King Institute of Preventive Medicine Micro-Biological Section reports 1909-11
Year: 1909
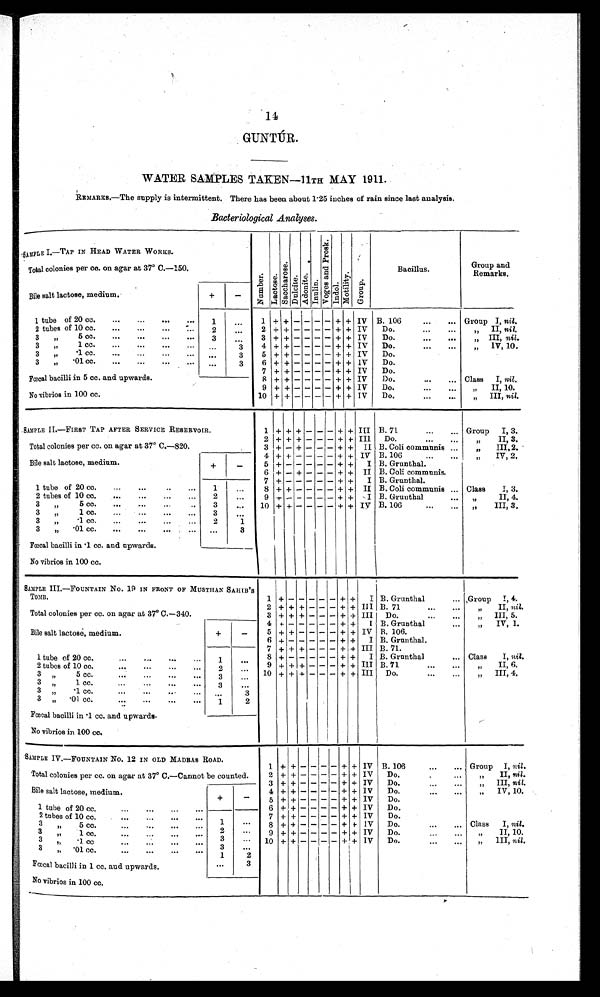
14
GUNTÚR.
WATER SAMPLES TAKEN-11TH MAY 1911.
REMARKS.—The supply is intermittent. There has been about 1.25 inches of rain since last analysis.
Bacteriological Analyses.
SAMPLE I.—TAP IN HEAD WATER WORKS.
Numbe r . L a c t o s e .
s a c c ha r os e .
Dul ci t e.
Ad o n i t e .
I nul i n.
Vo g e s a n d P r o s k .
I ndol .
Mot i l i t y.
Gr oup.
Bacillus.
Group and
Remarks.
Total colonies per cc. on agar at 37º C.—150.
Bile salt lactose, medium.
+
-
1 tube of 20 cc.
...
...
...
...
1
...
1 + + - - - - + + IV B. 106
...
... Group I, nil.
2 tubes of 10 cc.
...
... ... ...
2
...
2 + + - - - - + + IV Do....
...
„ II, nil,
3 „ 5 cc.
...
..
...
3
...
3 + + - - - - + + IV
Do.
...
...
„ III, nil.
3 „ 1 cc. ...
... ... ...
. . .
3
4 + + - - - - + + IV Do....
...
„ IV, 10.
3 „
.1 cc. ... ... ... ...
. . .
3
5 + + - - - - + + IV Do.
3 „
.01 cc. ... ... ...
. . .
3
6 + + - - - - + + I V Do.
7 + + - - - - + + IV Do.
Fœcal bacilli in 5 cc. and. upwards.
8 + + - - - - + + IV
Do.
...
... Class I, nil.
9 + + - - - - + + IV
Do.
...
...
„ I I , 1 0 .
No vibrios in 100 cc.
10 + + - - - - + + IV
Do.
...
...
„ I I I ,
n i l
.
SAMPLE II —FIRST TAP AFTER SERVICE RESERVOIR.
1 + + + - - - + + III B. 71.
...
... Group I, 3.
2 + + + - - - + + III Do.
...
...
„ II, 3.
Total colonies per cc. on agar at 37° C.—820.
3 + - + - - - + + II B. Coli communis ...
„
III,2.
Bile salt lactose, medium.
+
-
4 + + - - - - + + IV B. 106
„ IV, 2.
5
+ -
- - - - + + I B. Grunthal.
6 + - + - - - + + II B. Coli communis.
1 tube of 20 cc.
...
...
..
...
1
...
7 + -
- - - - + + I B. Grunthal.
8 + + - - - - + + II B. Coli communis ... Class I, 3.
2 tubes of 10 cc.
...
...
...
...
2
...
9 + - - - - - + + I B. Grunthal
„ II, 4.
3
„ 5 c c .
. . .
. . .
. .
3
...
10 + + - - - - + + IV B. 106
...
...
„ I I I , 3 .
3
„
1 c c .
. . .
. . .
. . .
. . .
3
. . .
3 „
. 1
c c .
. . .
. . .
. . .
. . .
2
1
3
„
. 0 1 c c .
. . .
. . .
. . .
... ...
3
Fœcal bacilli in .1 cc. and upwards.
No vibrios in 100 cc.
SAMPLE III.—FOUNTAIN No. 19 IN FRONT OF MUSTHAN SAHIB'S
TOMB.
1 + -
- - - -
+ + I B. Grunthal
... Group I, 4.
Total colonies per cc. on agar at 37° C.—340.
2 + + + - - - + + III B. 71
...
...
„
II, nil.
3 + + + - - - + + III Do.
„ I I I , 5 .
Bile salt lactose, medium.
+
-
4 + -
- - - - + + I B. Grunthal
...
„ IV, 1.
5 + + - - - - + + IV B. 106.
6 + -
- - - - + + I B. Grunthal.
1 tube of 20 cc
...
...
. . .
...
1
. . . 7 + + + - - - + + III B.71.
8 + -
- - - - + + I B. Grunthal
... Class
I, nil.
2 tubes of 10 cc.
...
...
. . .
...
2
. . . 9
+ + + - - - + + III B. 71
„ I I , 6 .
3 „ 5 cc. ... ... ...
...
3
. . . 10 + + + - - - + + III
Do.
...
...
„ I I I , 4 .
3 „
1 cc.
...
...
. . .
...
3
. . .
3 „
.1 cc....
...
...
...
. . .
3
3 „ . 01 cc. ... ... ...
...
1
2
Fœcal bacilli in .1 cc. and upwards.
No vibrios in 100 cc.
SAMPLE IV.—FOUNTAIN No. 12 IN OLD MADRAS ROAD.
1 + + - - - -
+ + IV B. 106
...
. . . Group I, nil.
Total colonies per cc. on agar at 37° C.—Cannot be counted.
2 + + - - - - + + IV Do.
...
...
„ I I ,
n i l .
3 + + - - - - + + IV Do.
...
...
„ III, nil.
Bile salt lactose, medium
+
-
4 + + - - - - + + IV Do.
...
...
„ I V , 1 0 .
5 + + - - - - + + IV Do.
1 tube of 20 cc....
...
...
1 ...
6 + + - - - - + + IV Do.
2 tubes of 10 cc.
...
...
. . .
...
2
. . . 7 + + - - - - + + IV Do.
3
„5 cc. ... ... ... ...
3
. . .
8 + + - - - - + + IV Do.
...
... Class I, nil.
3
„
1 cc.
...
...
. . .
...
3
. . . 9 + + - - - - + + IV Do.
...
...
„
II, 10.
3
„
. 1 c c . . . . . . . . .
...
1
2
10 + + - - - - + + IV Do.
...
...
„ III, nil.
3
„ .01 cc.
...
...
...
...
. . .
3
Fœcal bacilli in 1 cc. and upwards.
No vibrios in 100 cc.